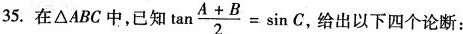
35.在△ABC中，已知 $$\tan \frac{A+B}{2}= \sin C$$ 给出以下四个论断：